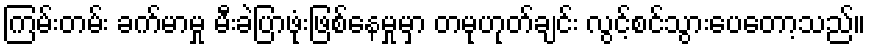
ကြမ်းတမ်း ခက်မာမှု မီးခဲပြာဖုံးဖြစ်နေမှုမှာ တမုဟုတ်ချင်း လွင့်စင်သွားပေတော့သည်။